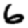
Digit: 6